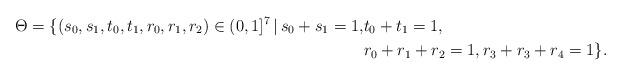
LaTeX: \begin{align*}\Theta = \{ (s_0,s_1,t_0,t_1,r_0,r_1,r_2) \in (0,1]^7\, |\, s_0+s_1=1, &t_0+t_1=1, \\&r_0+r_1+r_2=1, r_3+r_3+r_4=1\}.\end{align*}